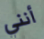
أنني